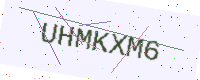
Text: UHMKXM6